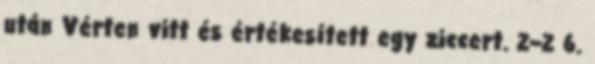
után Vérten vitt és értékesített egy ziccert. 2–2 6.